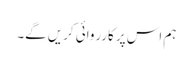
ہم اس پر کارروائی کریں گے۔